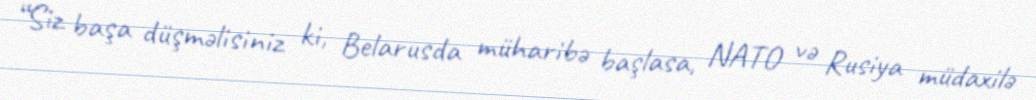
“Siz başa düşməlisiniz ki, Belarusda müharibə başlasa, NATO və Rusiya müdaxilə